Indian journal of veterinary science and animal husbandry - Volume 2,
Year: 1932
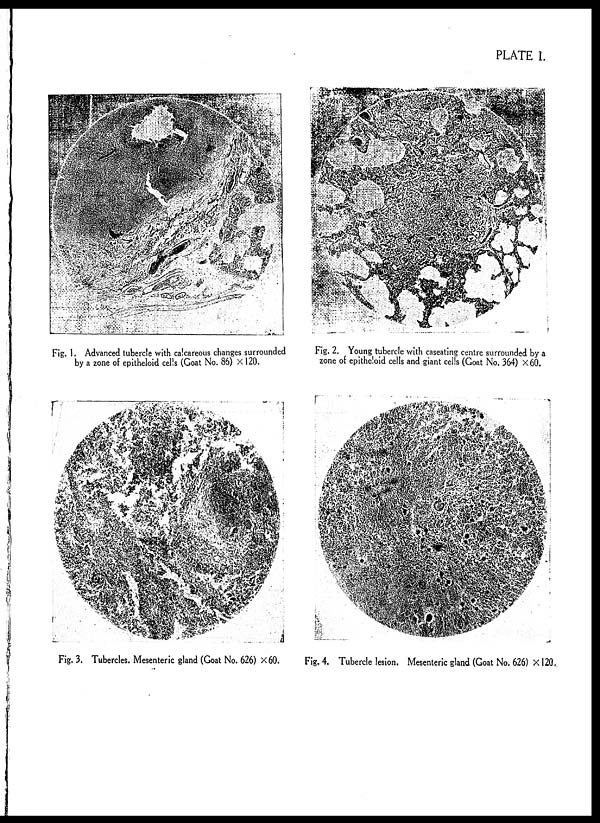
PLATE I.
Fig. 1. Advanced tubercle with calcareous changes surrounded
by a zone of epitheloid cells (Goat No. 86) × 120.
Fig. 2. Young tubercle with caseating centre surrounded by a
zone of epitheloid cells and giant cells (Goat No. 364) × 60.
Fig. 3. Tubercles. Mesenteric gland (Goat No. 626) × 60.
Fig. 4. Tubercle lesion. Mesenteric gland (Goat No. 626) × 120.